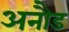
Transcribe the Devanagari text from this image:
अनौड